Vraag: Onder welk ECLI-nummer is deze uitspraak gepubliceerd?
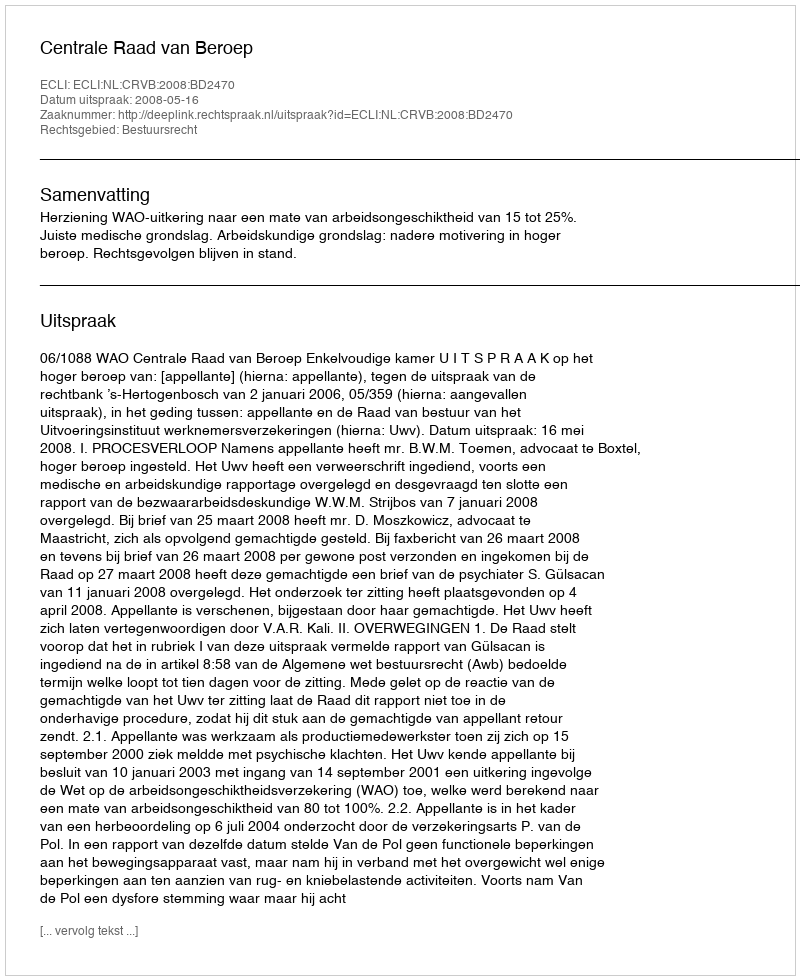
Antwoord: ECLI:NL:CRVB:2008:BD2470